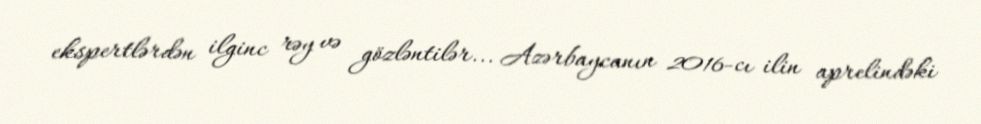
ekspertlərdən ilginc rəy və gözləntilər... Azərbaycanın 2016-cı ilin aprelindəki